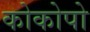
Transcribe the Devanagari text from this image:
कोकोपो